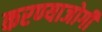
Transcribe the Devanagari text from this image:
करण्‍याजोगी